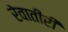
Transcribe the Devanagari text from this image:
रेवातीरीं